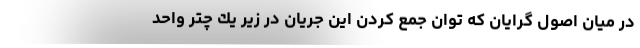
در ميان اصول گرايان كه توان جمع كردن اين جريان در زير يك چتر واحد